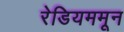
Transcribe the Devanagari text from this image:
रेडियममून